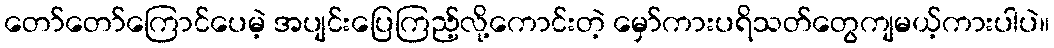
တော်တော်ကြောင်ပေမဲ့ အပျင်းပြေကြည့်လို့ကောင်းတဲ့ မှော်ကားပရိသတ်တွေကျမယ့်ကားပါပဲ။